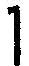
1